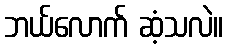
ဘယ်လောက် ဆံ့သလဲ။